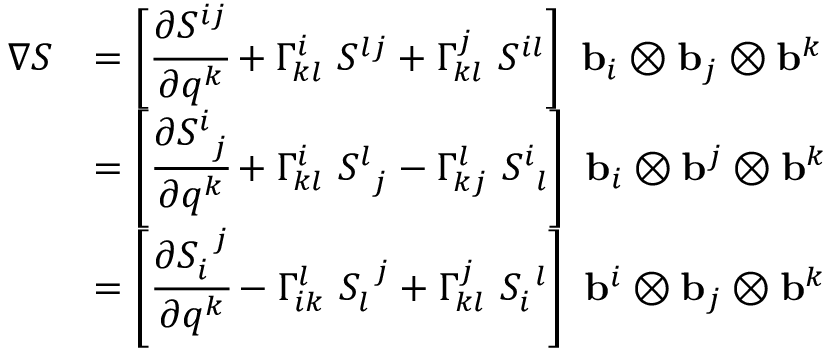
{ \begin{array} { r l } { { \boldsymbol { \nabla } } { \boldsymbol { S } } } & { = \left[ { \cfrac { \partial S ^ { i j } } { \partial q ^ { k } } } + \Gamma _ { k l } ^ { i } ~ S ^ { l j } + \Gamma _ { k l } ^ { j } ~ S ^ { i l } \right] ~ \mathbf { b } _ { i } \otimes \mathbf { b } _ { j } \otimes \mathbf { b } ^ { k } } \\ & { = \left[ { \cfrac { \partial S _ { ~ j } ^ { i } } { \partial q ^ { k } } } + \Gamma _ { k l } ^ { i } ~ S _ { ~ j } ^ { l } - \Gamma _ { k j } ^ { l } ~ S _ { ~ l } ^ { i } \right] ~ \mathbf { b } _ { i } \otimes \mathbf { b } ^ { j } \otimes \mathbf { b } ^ { k } } \\ & { = \left[ { \cfrac { \partial S _ { i } ^ { ~ j } } { \partial q ^ { k } } } - \Gamma _ { i k } ^ { l } ~ S _ { l } ^ { ~ j } + \Gamma _ { k l } ^ { j } ~ S _ { i } ^ { ~ l } \right] ~ \mathbf { b } ^ { i } \otimes \mathbf { b } _ { j } \otimes \mathbf { b } ^ { k } } \end{array} }